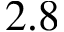
2 . 8